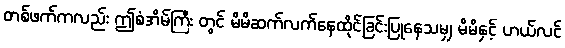
တစ်ဖက်ကလည်း ဤစံအိမ်ကြီး တွင် မိမိဆက်လက်နေထိုင်ခြင်းပြုနေသမျှ မိမိနှင့် ဟယ်လင်